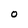
Character: O